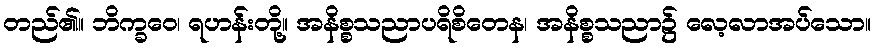
တည်၏။ ဘိက္ခဝေ၊ ရဟန်းတို့။ အနိစ္စသညာပရိစိတေန၊ အနိစ္စသညာ၌ လေ့လာအပ်သော။